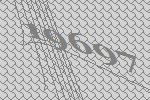
19697